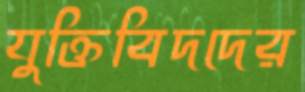
যুক্তিবিদদের